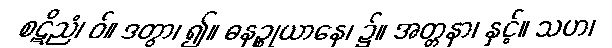
စဋိညံ၊ ဝ်။ ဒတွာ၊ ၍။ ဓနဉ္စုယာနေ၊ ၌။ အတ္တနာ၊ နှင့်။ သဟ၊